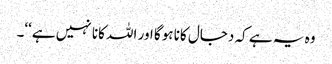
وہ یہ ہے کہ دجال کانا ہوگا اور اللہ کانا نہیں ہے‘‘۔